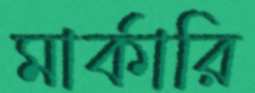
মার্কারি